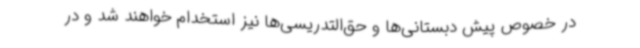
در خصوص پیش دبستانی‌ها و حق‌التدریسی‌ها نیز استخدام خواهند شد و در